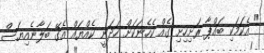
" އެކަމަކި ބައްޕާ ރަށިހިށި ގެއް ކެހެނަކަށް ހަދަނީ ކެއްޔައް އެގޭ ބަލާނެއިޔަސް